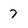
Character: 7